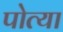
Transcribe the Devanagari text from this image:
पोत्या